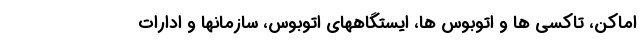
اماکن، تاکسی ها و اتوبوس ها، ایستگاههای اتوبوس، سازمانها و ادارات